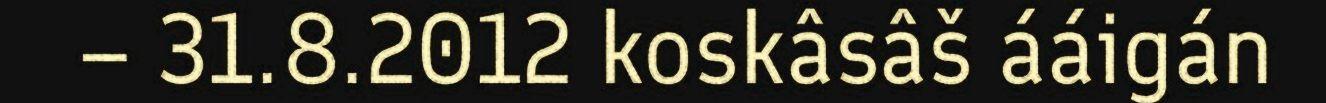
– 31.8.2012 koskâsâš ááigán